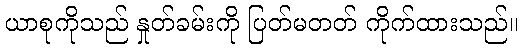
ယာစုကိုသည် နှုတ်ခမ်းကို ပြတ်မတတ် ကိုက်ထားသည်။